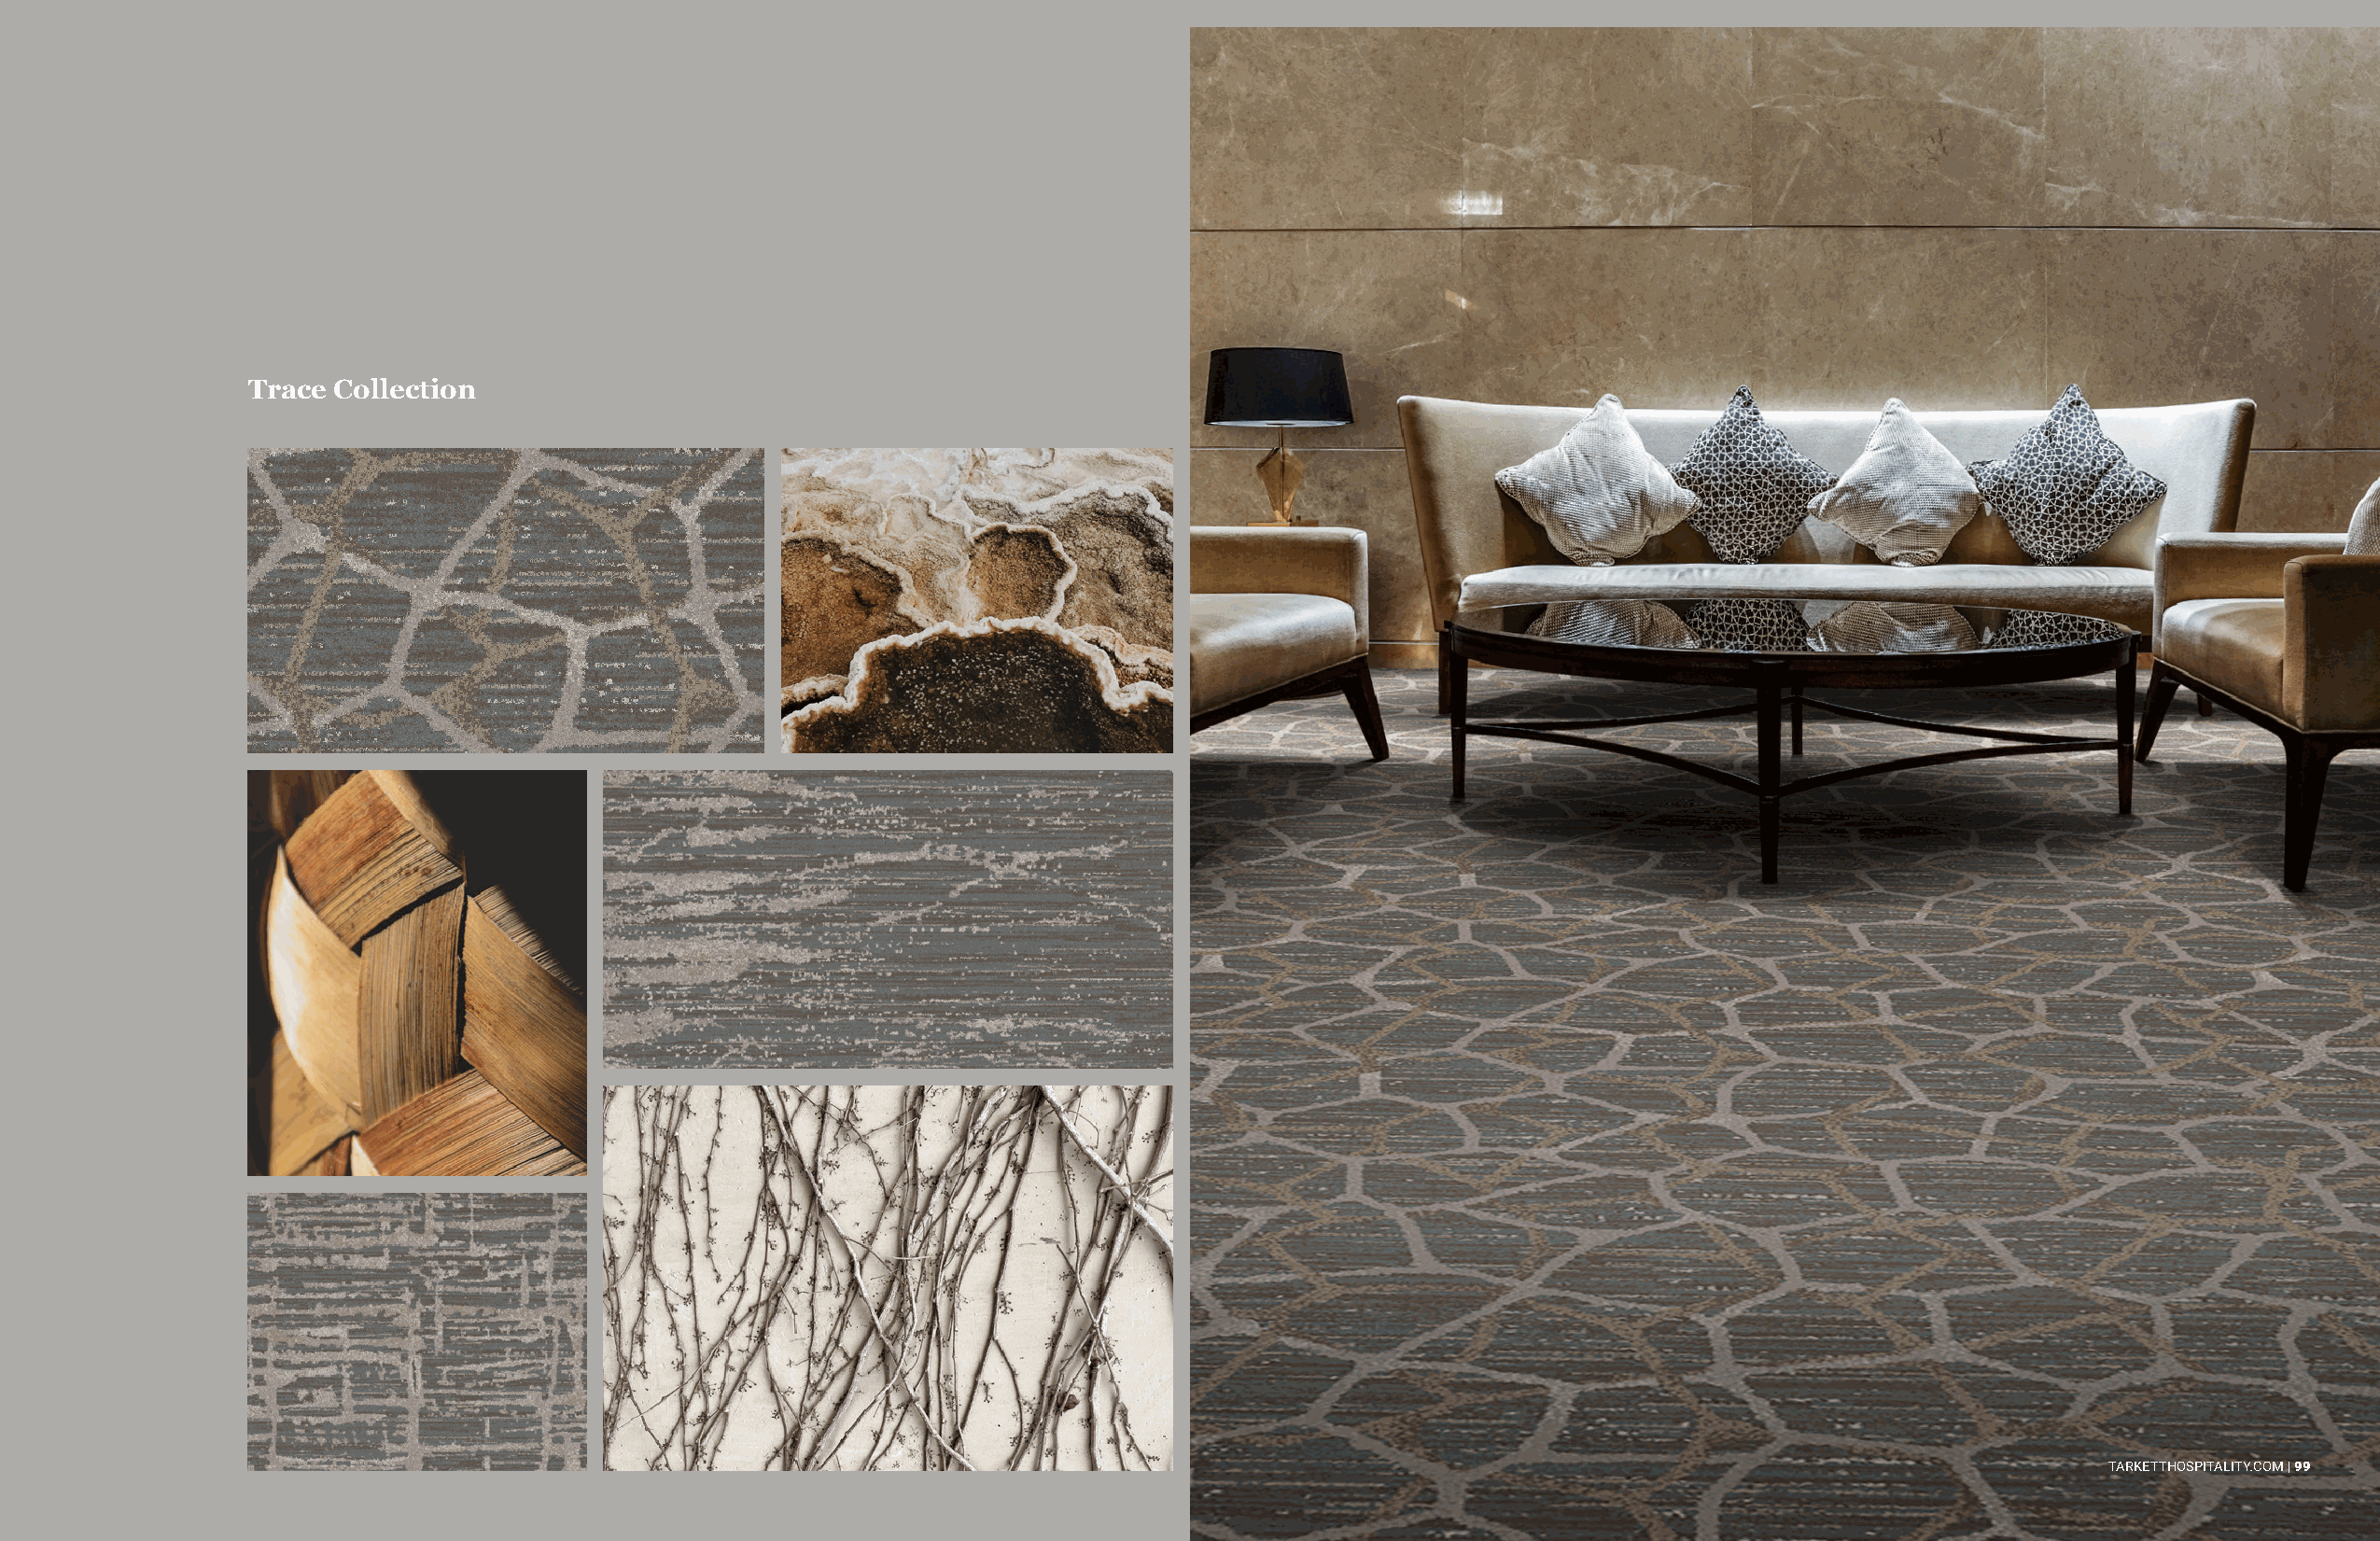
Broadloom | Public Space                                                             Broadloom | Public Space
 Trace Collection
 TARKETTHOSPITALITY.COM | 98                                                          TARKETTHOSPITALITY.COM | 99